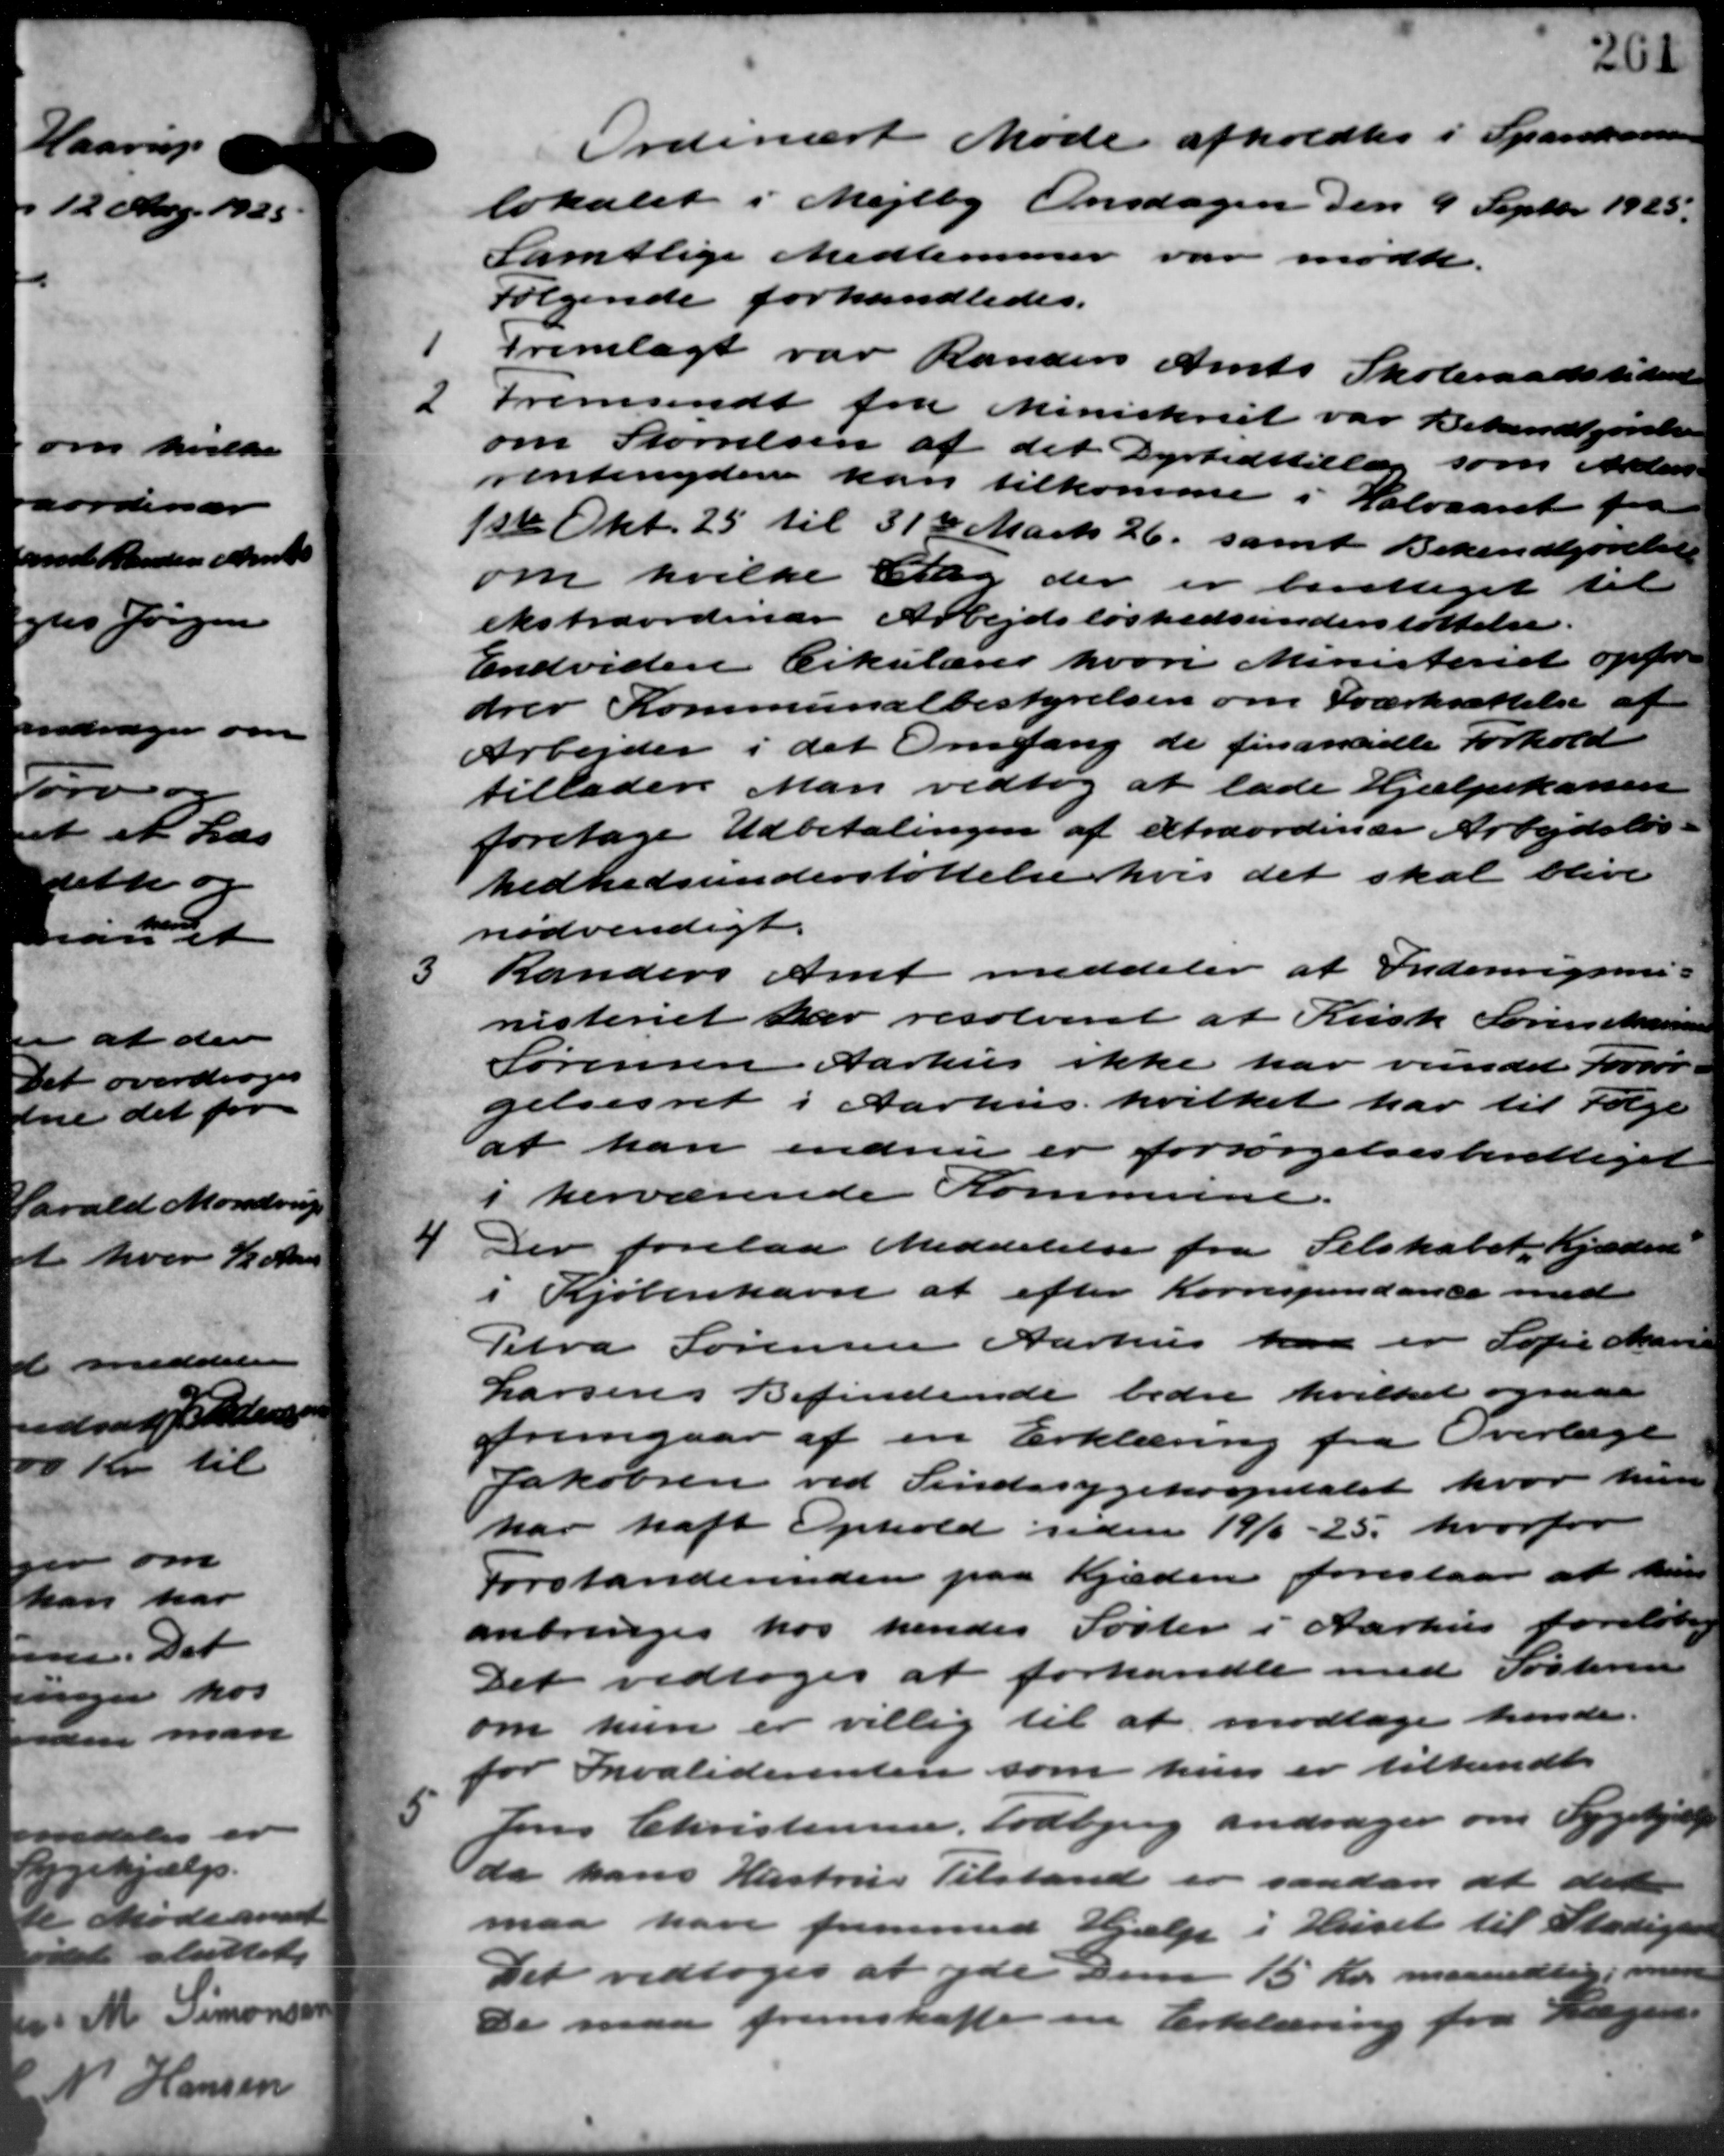
Transskription:
Ordinært Møde afholdtes i Sparekassen
lokalet i Mejlby Onsdagen den 9 Septbr. 1925.
Samtlige Medlemmer var mødte.
Følgende forhandledes.
1
Fremlagt var Randers Amts Skoleraadstident
2
fremsendt fra Ministeriet var Bekendtgørelse
om Størrelsen af det Dyrtidstillæg som Alders-
rentenydere kan tilkomme i Halvaaret fra
1ste Okt. 25 til 31te Marts 26, samt Bekendtgørelse
om hvilke Ellig der er berettiget til
ekstraordinær Arbejdsløshedsunderstøttelse.
Endvidere Cirkulærer hvori Ministeriet opfor
drev Kommunalbestyrelsen om Iværksættelse af
Arbejder i det Omfang de finansidte Forhold
tilladere Man vedtog at lade Hjælpekassen
foretage Udbetalingen af extraordinær Arbejdsløs
hedhedsunderstøttelse hvis det skal blive
nødvendigt.

Randers Amt meddeler at Indenrigsmi-
nisteriet der resolveret at Kusk Søren Marensen
Sørensen Aarhus ikke har vundet Forsør-
gelsesret i Aarhus hvilket har til Følge
at han endnu er forsørgelsesberettiget
i herværende Kommune.
4
Der forelaa Meddelelse fra Selskabet, Kjæden
Kjøbenhavn at efter Korrespondance med
i
Petra Sørensen Aarhus kan er Sofie Marie
Larsens Befindende bedre hvilket ogsaa
fremgaar af en Erklæring fra Overlage
Jakobsen ved Sindssygehospitalet hvor hun
har haft Ophold siden 19/3 – 25, hvorfor
Forstanderinden paa Kjæden foreslaar at kun
anbringes hos hendes Søster i Aarhus foreløbig
Det vedtoges at forhandle med Søstrem
om hun er villig til at modtage hende.
for Invaliderenten som hun er tilkendt
5 Jens Christensen, Todbjerg andrager om Sygehjælp
5 Jens Christensen, Todbjerg andrager om Sygehjælp
da hans Hustrus Tilstand er saadan at detten
maa have fremmed Hjælp i Huset til Stadsgaar
Det vedtoges at yde den 15 Kr. maanedlig i
De maa fremskaffe en Erklæring fra Langer